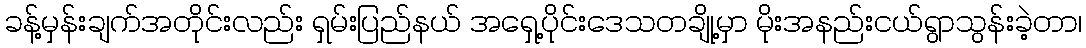
ခန့်မှန်းချက်အတိုင်းလည်း ရှမ်းပြည်နယ် အရှေ့ပိုင်းဒေသတချို့မှာ မိုးအနည်းငယ်ရွာသွန်းခဲ့တာ၊